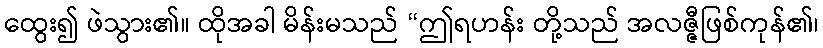
ထွေး၍ ဖဲသွား၏။ ထိုအခါ မိန်းမသည် “ဤရဟန်း တို့သည် အလဇ္ဇီဖြစ်ကုန်၏၊